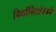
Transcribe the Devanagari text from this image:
निर्वासितांमध्ये